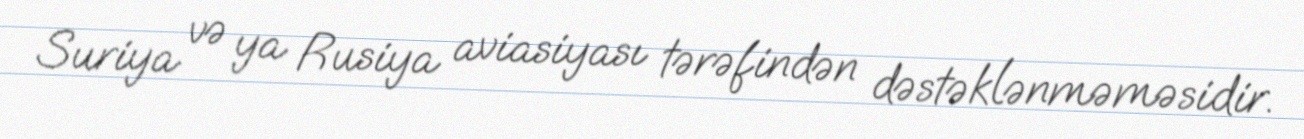
Suriya və ya Rusiya aviasiyası tərəfindən dəstəklənməməsidir.